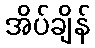
အိပ်ချိန်